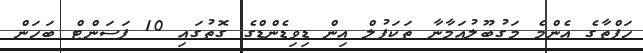
ހަފްތާގެ އެންމެ މަގުބޫލުއަމާނާ ތަކަފުލް އިން ޑިވިޑެންޑްގެ ގޮތުގައި 10 ޕަސަންޓް ބަހަން